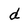
Character: d